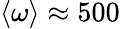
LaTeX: \langle\omega\rangle\approx 500